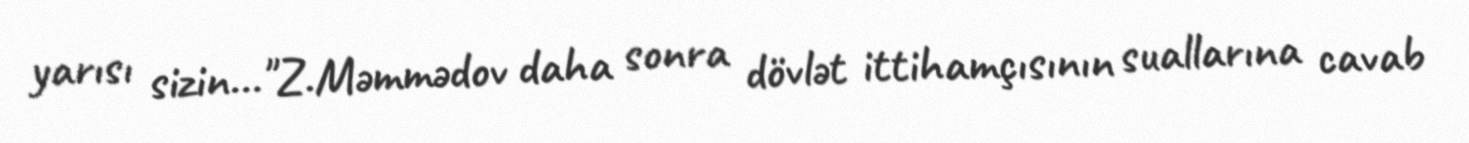
yarısı sizin..."Z.Məmmədov daha sonra dövlət ittihamçısının suallarına cavab